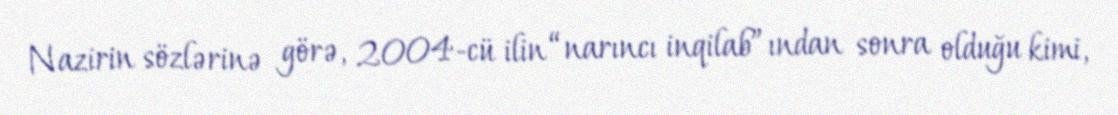
Nazirin sözlərinə görə, 2004-cü ilin “narıncı inqilab”ından sonra olduğu kimi,